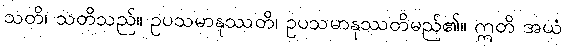
သတိ၊ သတိသည်။ ဥပသမာနုဿတိ၊ ဥပသမာနုဿတိမည်၏။ ဣတိ အယံ